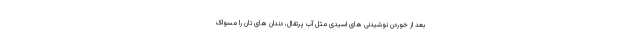
بعد از خوردن نوشیدنی های اسیدی مثل آب پرتقال، دندان های تان را مسواک